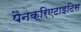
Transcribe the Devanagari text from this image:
पैनक्रिएटाइटिस